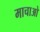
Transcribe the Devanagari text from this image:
माचाओ